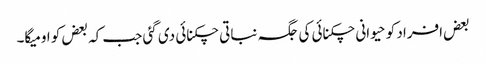
بعض افراد کو حیوانی چکنائی کی جگہ نباتی چکنائی دی گئی جب کہ بعض کو اومیگا۔